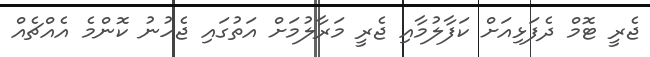
ޖެރީ ޓޮމް ދެފަޅިއަށް ކަފާލުމާއި ޖެރީ މަރާލުމަށް އަތުގައި ޖެހުނު ކޮންމެ އެއްޗެއް